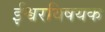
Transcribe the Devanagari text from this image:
ईश्वरविषयक